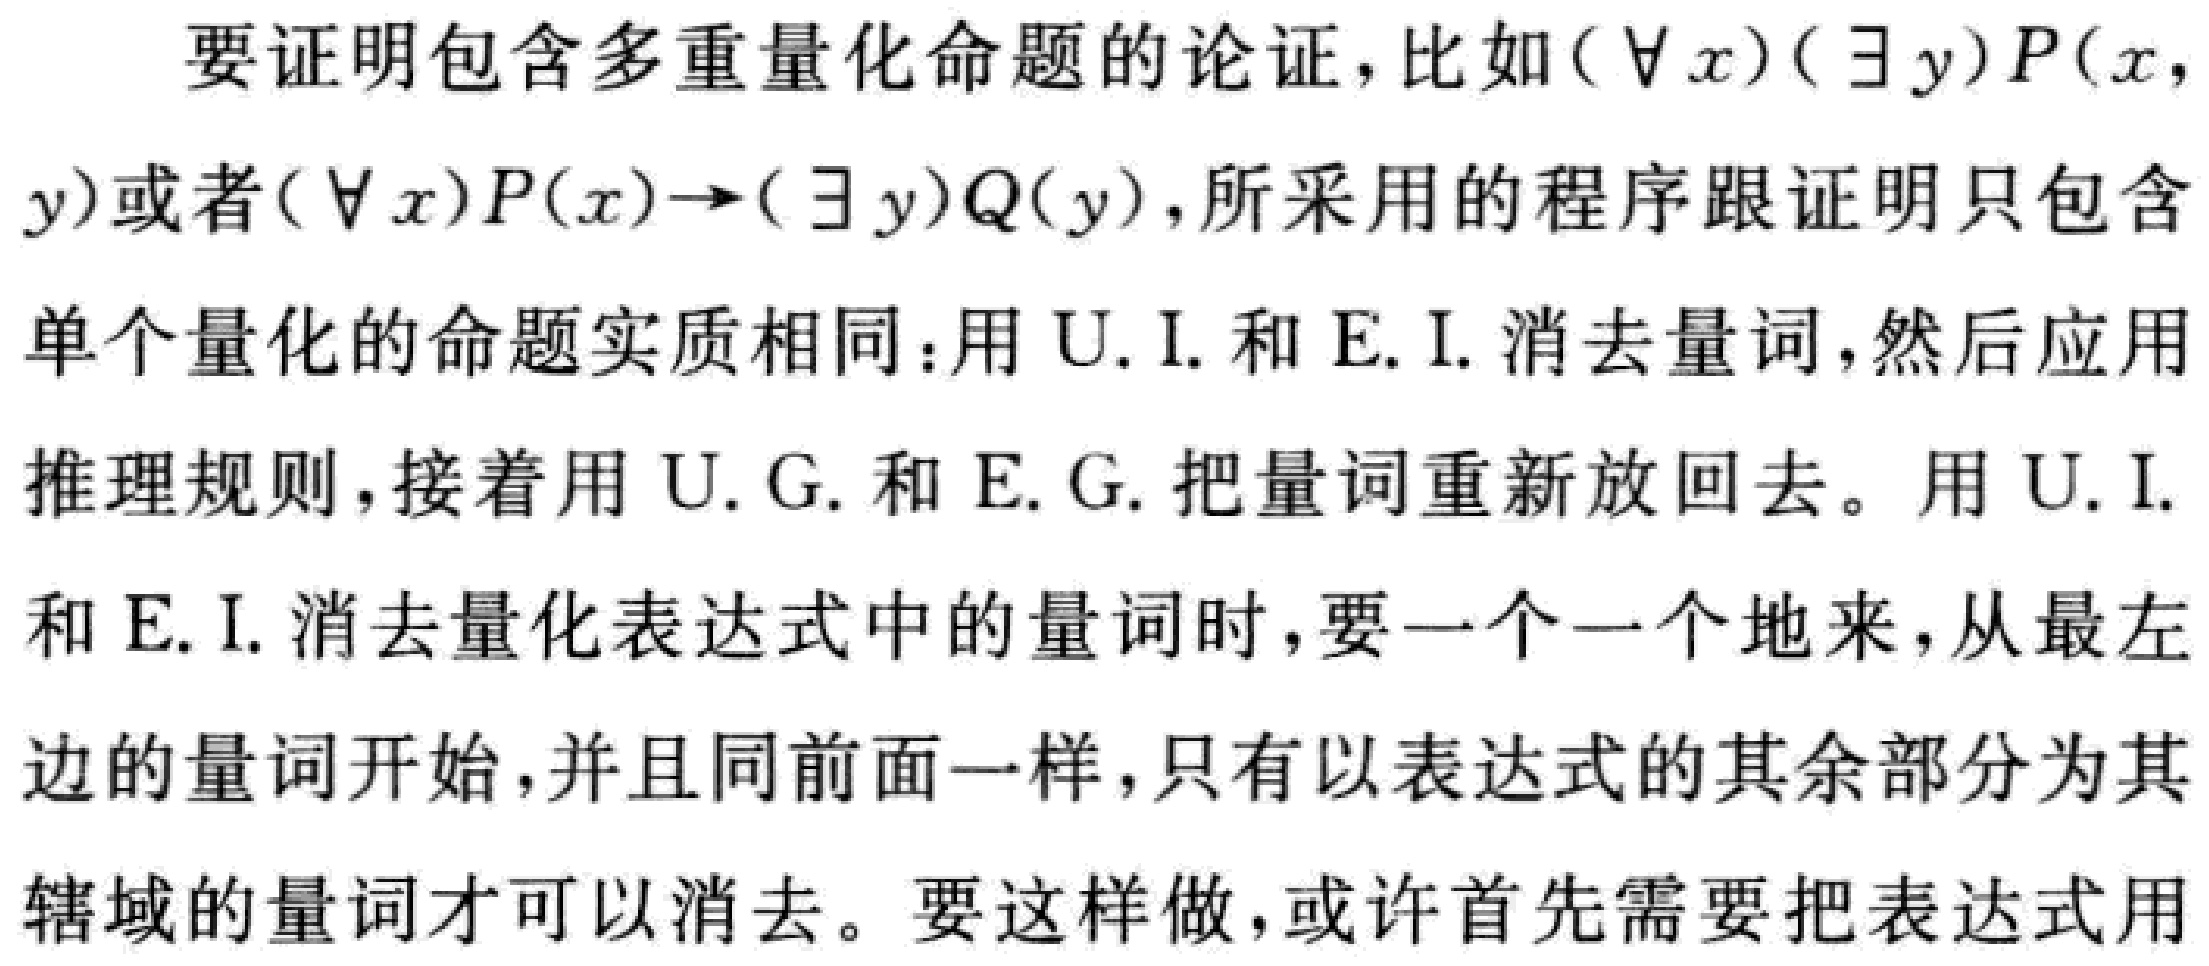
要证明包含多重量化命题的论证，比如$(\forall x)(\exists y)P(x,y)$或者$(\forall x)P(x)\to(\exists y)Q(y)$，所采用的程序跟证明只包含单个量化的命题实质相同：用U. I.和E. I.消去量词，然后应用推理规则，接着用U. G.和E. G.把量词重新放回去。用U. I.和E. I.消去量化表达式中的量词时，要一个一个地来，从最左边的量词开始，并且同前面一样，只有以表达式的其余部分为其辖域的量词才可以消去。要这样做，或许首先需要把表达式用